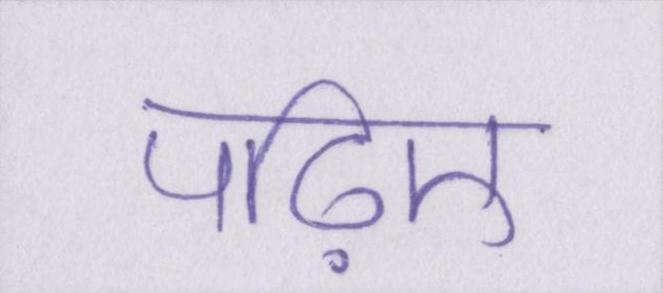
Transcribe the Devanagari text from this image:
पढ़िए